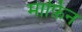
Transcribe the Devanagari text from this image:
मार्फ़िन